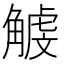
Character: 𧤥